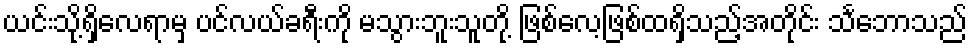
ယင်းသို့ရှိလေရာမှ ပင်လယ်ခရီးကို မသွားဘူးသူတို့ ဖြစ်လေ့ဖြစ်ထရှိသည့်အတိုင်း သင်္ဘောသည်